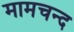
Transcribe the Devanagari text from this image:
मामचन्द